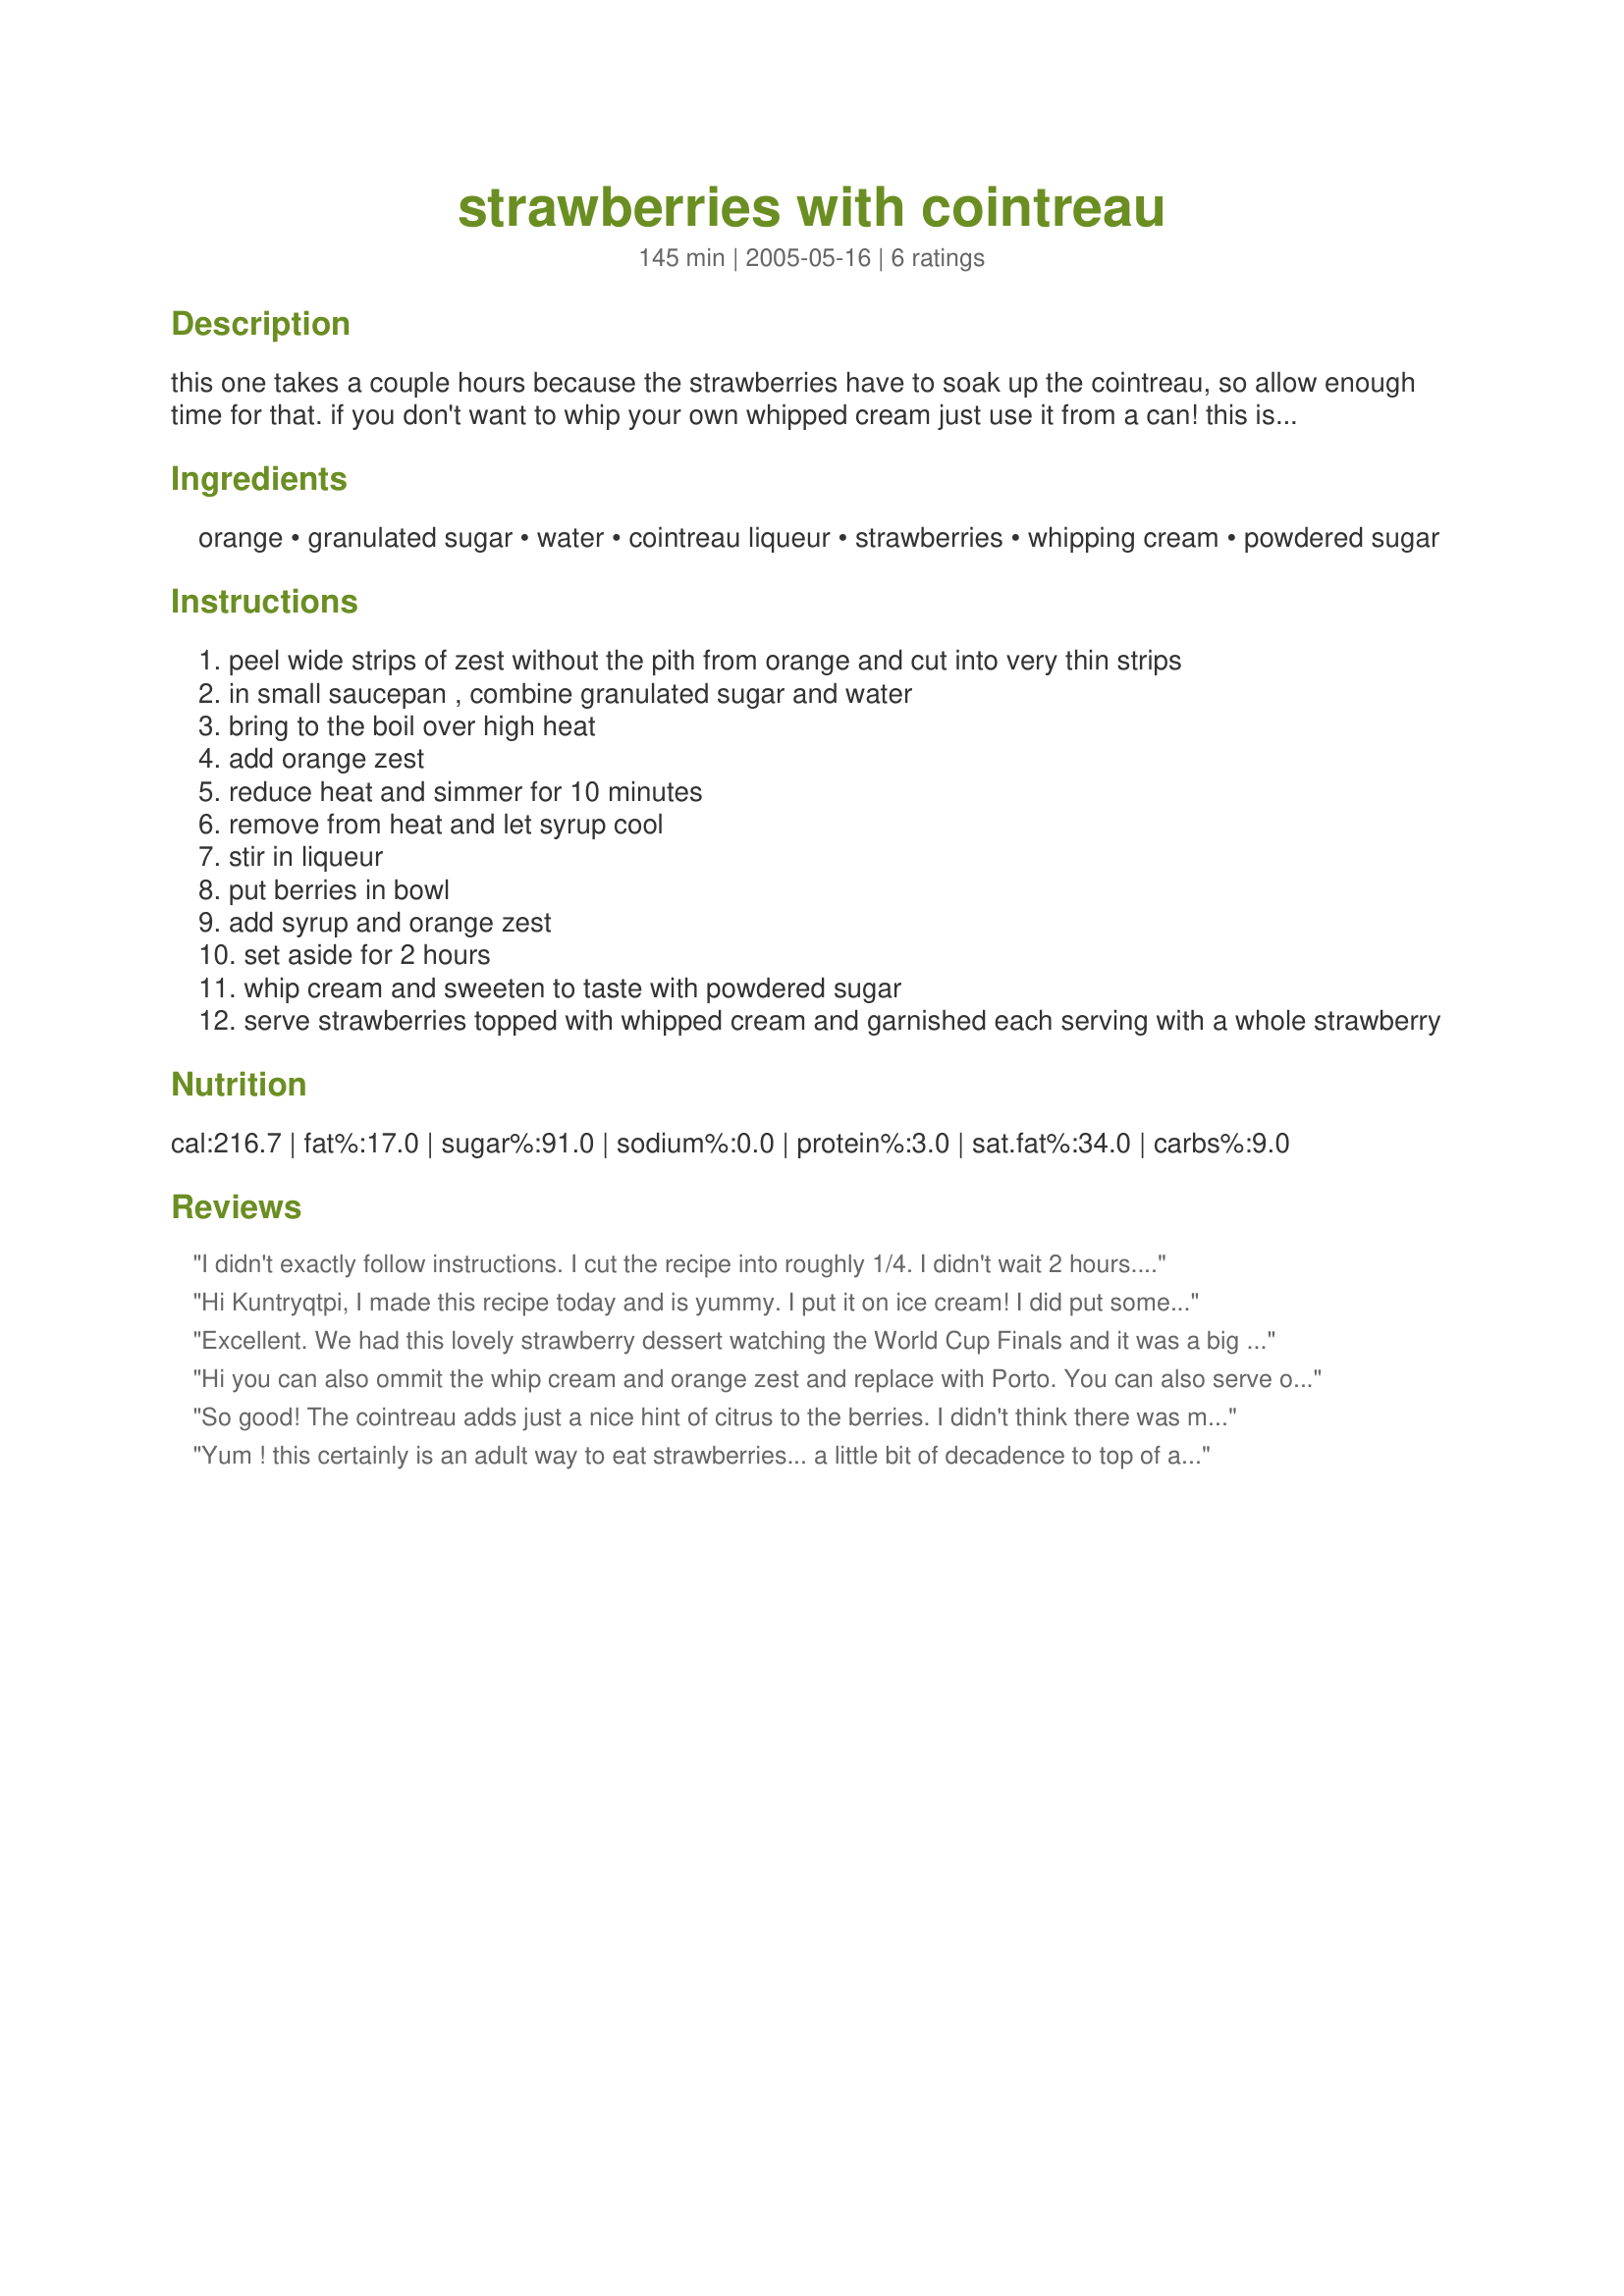
strawberries with cointreau
Preparation time: 145 minutes

this one takes a couple hours because the strawberries have to soak up the cointreau, so allow enough time for that. if you don't want to whip your own whipped cream just use it from a can! this is from the vancouver sun newspaper, 1996.

Ingredients:
orange, granulated sugar, water, cointreau liqueur, strawberries, whipping cream, powdered sugar

Steps:
peel wide strips of zest without the pith from orange and cut into very thin strips
in small saucepan , combine granulated sugar and water
bring to the boil over high heat
add orange zest
reduce heat and simmer for 10 minutes
remove from heat and let syrup cool
stir in liqueur
put berries in bowl
add syrup and orange zest
set aside for 2 hours
whip cream and sweeten to taste with powdered sugar
serve strawberries topped with whipped cream and garnished each serving with a whole strawberry

Reviews:
I didn't exactly follow instructions. I cut the recipe into roughly 1/4. I didn't wait 2 hours. I didn't whip my heavy cream. It was absolutely delicious. Next time, I will do the entire recipe. I inhaled this.
Hi Kuntryqtpi,
 I made this recipe today and is yummy. I put it on ice cream! I did put some splenda on the berries as they are so sour now. I will make this one again. Be well...Nanniejo
Excellent. We had this lovely strawberry dessert watching the World Cup Finals and it was a big hit.
Hi you can also ommit the whip cream and orange zest and replace with Porto. You can also serve over ice cream. It's delicious!!!
So good! The cointreau adds just a nice hint of citrus to the berries. I didn't think there was much better than berries and cream but this is the "cherry on top" to make them divine!
Yum ! this certainly is an adult way to eat strawberries... a little bit of decadence to top of a special dinner. DH made this and his "thinnest' strips of orange peel are the ones that made it into the photo, the others were so big that they rather overwhelmed the dish. Still, the flavour was there, and enjoyed. Please see my rating system, a lovely 4 stars :) Thanks !
